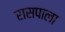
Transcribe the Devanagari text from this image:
रासपाला